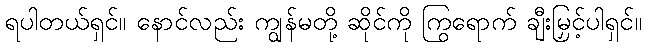
ရပါတယ်ရှင်။ နောင်လည်း ကျွန်မတို့ ဆိုင်ကို ကြွရောက် ချီးမြှင့်ပါရှင်။